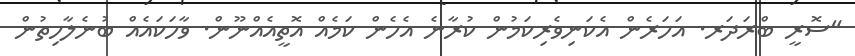
"ސޮރީ ބްރަދަރ. އަހަރެން އެކަނިވެރިކަމުން ކުރާނެ އެހެން ކަމެއް އޮތީއެއްނޫން. ވާހަކައެއް ބުނެލާހިތުން